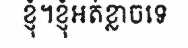
ខ្ញុំ។ខ្ញុំអត់ខ្លាចទេ